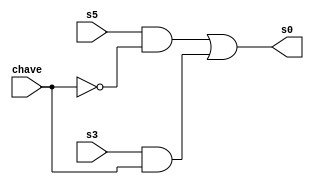

// Exemplo0033 - LU and e or e nand e nor
// Nome: Pedro Henrique H. Guedes 

// -- LU

module cx1 (output [3:0] s0, 
			   input [3:0] s5, 
			   input [3:0] s3, 
			   input [3:0] chave); 
 assign s0 = (s5 & ~chave) | (s3 & chave); 
	endmodule // cx1
	
module cx2 (output [3:0] s1, 
	         input [3:0] s2, 
		      input [3:0] s4, 
		      input [3:0] chave); 
 assign s1 = (s2 & ~chave) | (s4 & chave); 
	endmodule // cx2
	
module orGate (output [3:0] s5, 
		  		   input [3:0] w, 
			  		input [3:0] x); 
 assign s5 = (w | x);         
 	endmodule // orGate 
	
module andGate (output [3:0] s2, 
			  		 input [3:0] w, 
			  		 input [3:0] x); 
 assign s2 = (w & x); 
	endmodule // andGate 
	
module norGate (output [3:0] s4, 
			  		 input [3:0] w, 
			  		 input [3:0] x); 
 assign s4 = ~(w | x);         
 	endmodule // norGate 
	
module nandGate (output [3:0] s3, 
			  		  input [3:0] w, 
			  		  input [3:0] x); 
 assign s3 = ~(w & x); 
	endmodule // nandGate 
	
	module test_LU; 
// ------------------------- definir dados 
	reg [3:0] w; 
	reg [3:0] x; 
	reg [3:0] chave; 
	
	wire [3:0] s0; 
	wire [3:0] s1; 
	wire [3:0] s2; 
	wire [3:0] s3; 
	wire [3:0] s4; 
	wire [3:0] s5; 
	
	orGate domada (s5, w, x);
	nandGate bilara (s3, w, x);
	andGate bonanza (s2, w, x);
	norGate pitanga (s4, w, x);
	cx1 fox (s0, s5, s3, chave);
	cx2 danubio (s1, s2, s4, chave);
	
// ------------------------- parte principal 
initial begin 
	$display("Exemplo0033 - Felipe Pacifico - 389868"); 
	$display("Test LU's module"); 
	
	w = 4'b0011; x = 4'b0101;
	#1 chave = 4'b1111;
	$monitor("\n%b (| ou ~&) %b chave %b = %b \n%b (~| ou &) %b chave %b = %b", w, x, chave, s0, w, x, chave, s1); 
	#2 chave = 4'b0000;
	
	w = 4'b0000; x = 4'b0000;
	#1 chave = 4'b1111;
	$monitor("\n%b (| ou ~&) %b chave %b = %b \n%b (~| ou &) %b chave %b = %b", w, x, chave, s0, w, x, chave, s1); 
	#2 chave = 4'b0000;
	
	w = 4'b0010; x = 4'b0001;
	#1 chave = 4'b1111;
	$monitor("\n%b (| ou ~&) %b chave %b = %b \n%b (~| ou &) %b chave %b = %b", w, x, chave, s0, w, x, chave, s1);
	#2 chave = 4'b0000;
	
	w = 4'b0001; x = 4'b0011;
	#1 chave = 4'b1111;
	$monitor("\n%b (| ou ~&) %b chave %b = %b \n%b (~| ou &) %b chave %b = %b", w, x, chave, s0, w, x, chave, s1); 
	#2 chave = 4'b0000;
	
	w = 4'b0101; x = 4'b0010;
	#1 chave = 4'b1111;
	$monitor("\n%b (| ou ~&) %b chave %b = %b \n%b (~| ou &) %b chave %b = %b", w, x, chave, s0, w, x, chave, s1); 
	#2 chave = 4'b0000;
	
	w = 4'b1010; x = 4'b0011;
	#1 chave = 4'b1111;
	$monitor("\n%b (| ou ~&) %b chave %b = %b \n%b (~| ou &) %b chave %b = %b", w, x, chave, s0, w, x, chave, s1);
	#2 chave = 4'b0000;
	
	w = 4'b1001; x = 4'b0011;
	#1 chave = 4'b1111;
	$monitor("\n%b (| ou ~&) %b chave %b = %b \n%b (~| ou &) %b chave %b = %b", w, x, chave, s0, w, x, chave, s1); 
	#2 chave = 4'b0000;
end 
endmodule // test_f5 

// ------------------------- testes